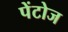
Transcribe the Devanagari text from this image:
पेंटोज